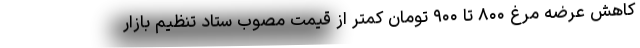
کاهش عرضه مرغ ۸۰۰ تا ۹۰۰ تومان کمتر از قیمت مصوب ستاد تنظیم بازار